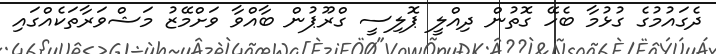
ދެގައުމުގެ ގުޅުމާ ބެހޭ ގޮތުން ދިއްލީ ޕޮލިސީ ގްރޫޕުން ބާއްވާ ވަށްމޭޒު މަޝްވަރާތަކެއްގައި